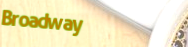
Broadway